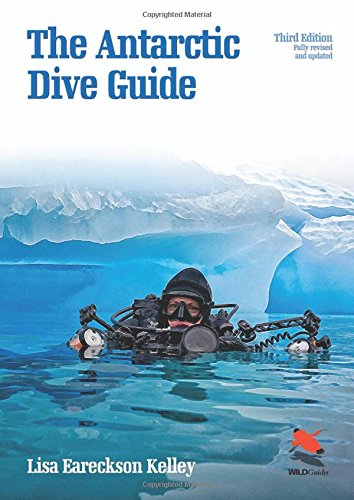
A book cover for The Antarctic Dive Guide: Fully revised and updated third edition (WILDGuides); Lisa Eareckson Kelley; Travel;